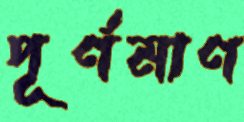
পূর্ণমাণ